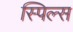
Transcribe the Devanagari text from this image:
स्पिल्स